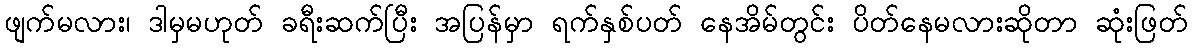
ဖျက်မလား၊ ဒါမှမဟုတ် ခရီးဆက်ပြီး အပြန်မှာ ရက်နှစ်ပတ် နေအိမ်တွင်း ပိတ်နေမလားဆိုတာ ဆုံးဖြတ်